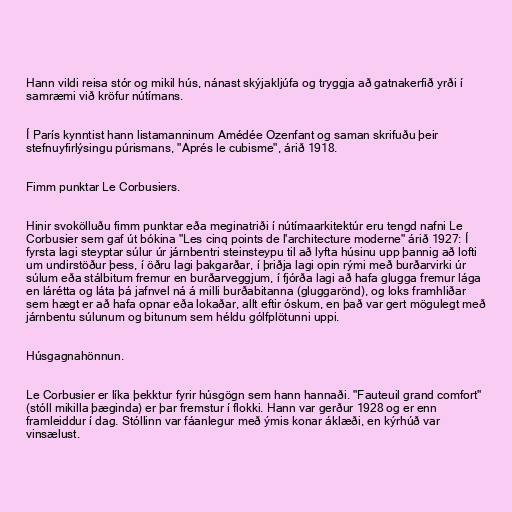
Hann vildi reisa stór og mikil hús, nánast skýjakljúfa og tryggja að gatnakerfið yrði í
samræmi við kröfur nútímans.

Í París kynntist hann listamanninum Amédée Ozenfant og saman skrifuðu þeir
stefnuyfirlýsingu púrismans, "Aprés le cubisme", árið 1918.

Fimm punktar Le Corbusiers.

Hinir svokölluðu fimm punktar eða meginatriði í nútímaarkitektúr eru tengd nafni Le
Corbusier sem gaf út bókina "Les cinq points de l'architecture moderne" árið 1927: Í
fyrsta lagi steyptar súlur úr járnbentri steinsteypu til að lyfta húsinu upp þannig að lofti
um undirstöður þess, í öðru lagi þakgarðar, í þriðja lagi opin rými með burðarvirki úr
súlum eða stálbitum fremur en burðarveggjum, í fjórða lagi að hafa glugga fremur lága
en lárétta og láta þá jafnvel ná á milli burðabitanna (gluggarönd), og loks framhliðar
sem hægt er að hafa opnar eða lokaðar, allt eftir óskum, en það var gert mögulegt með
járnbentu súlunum og bitunum sem héldu gólfplötunni uppi.

Húsgagnahönnun.

Le Corbusier er líka þekktur fyrir húsgögn sem hann hannaði. "Fauteuil grand comfort"
(stóll mikilla þæginda) er þar fremstur í flokki. Hann var gerður 1928 og er enn
framleiddur í dag. Stóllinn var fáanlegur með ýmis konar áklæði, en kýrhúð var
vinsælust.